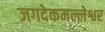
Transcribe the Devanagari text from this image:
जगदेकमल्लेश्वर